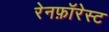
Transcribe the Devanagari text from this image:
रेनफ़ॉरेस्ट